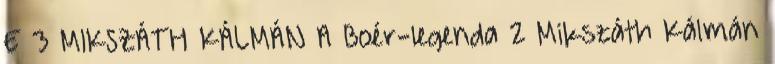
E 3 MIKSZÁTH KÁLMÁN A Boér-legenda 2 Mikszáth Kálmán